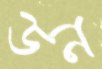
ডন